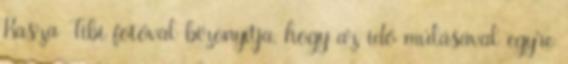
Kasza Tibi fotóval bizonyítja, hogy az idő múlásával egyre